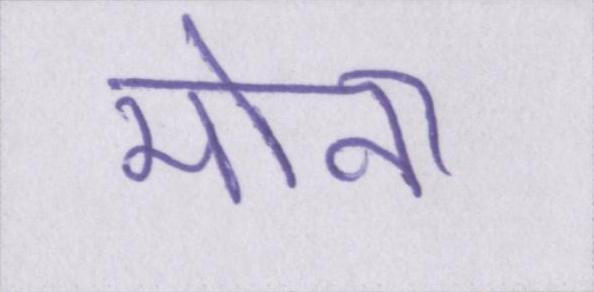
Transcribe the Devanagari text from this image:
मोना